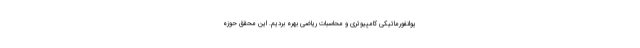
یوانفورماتیکی کامپیوتری و محاسبات ریاضی بهره بردیم. این محقق حوزه